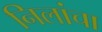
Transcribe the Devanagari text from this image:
निलांचा